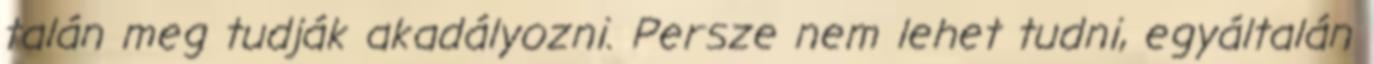
talán meg tudják akadályozni. Persze nem lehet tudni, egyáltalán